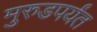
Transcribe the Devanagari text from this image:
मुरुडपर्यंत